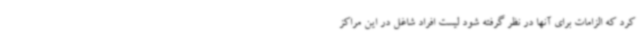
کرد که الزامات برای آنها در نظر گرفته شود لیست افراد شاغل در این مراکز